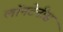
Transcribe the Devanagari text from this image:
लॉनटेनीस